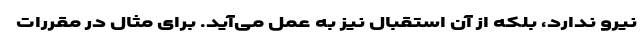
نیرو ندارد، بلکه از آن استقبال نیز به عمل می‌آید. برای مثال در مقررات